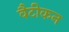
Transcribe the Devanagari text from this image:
वैटीकन